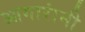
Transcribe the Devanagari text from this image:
आगारांनी